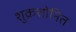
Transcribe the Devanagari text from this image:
शुक्रशोनित